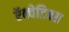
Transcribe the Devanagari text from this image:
ऍक्वेटिक्स